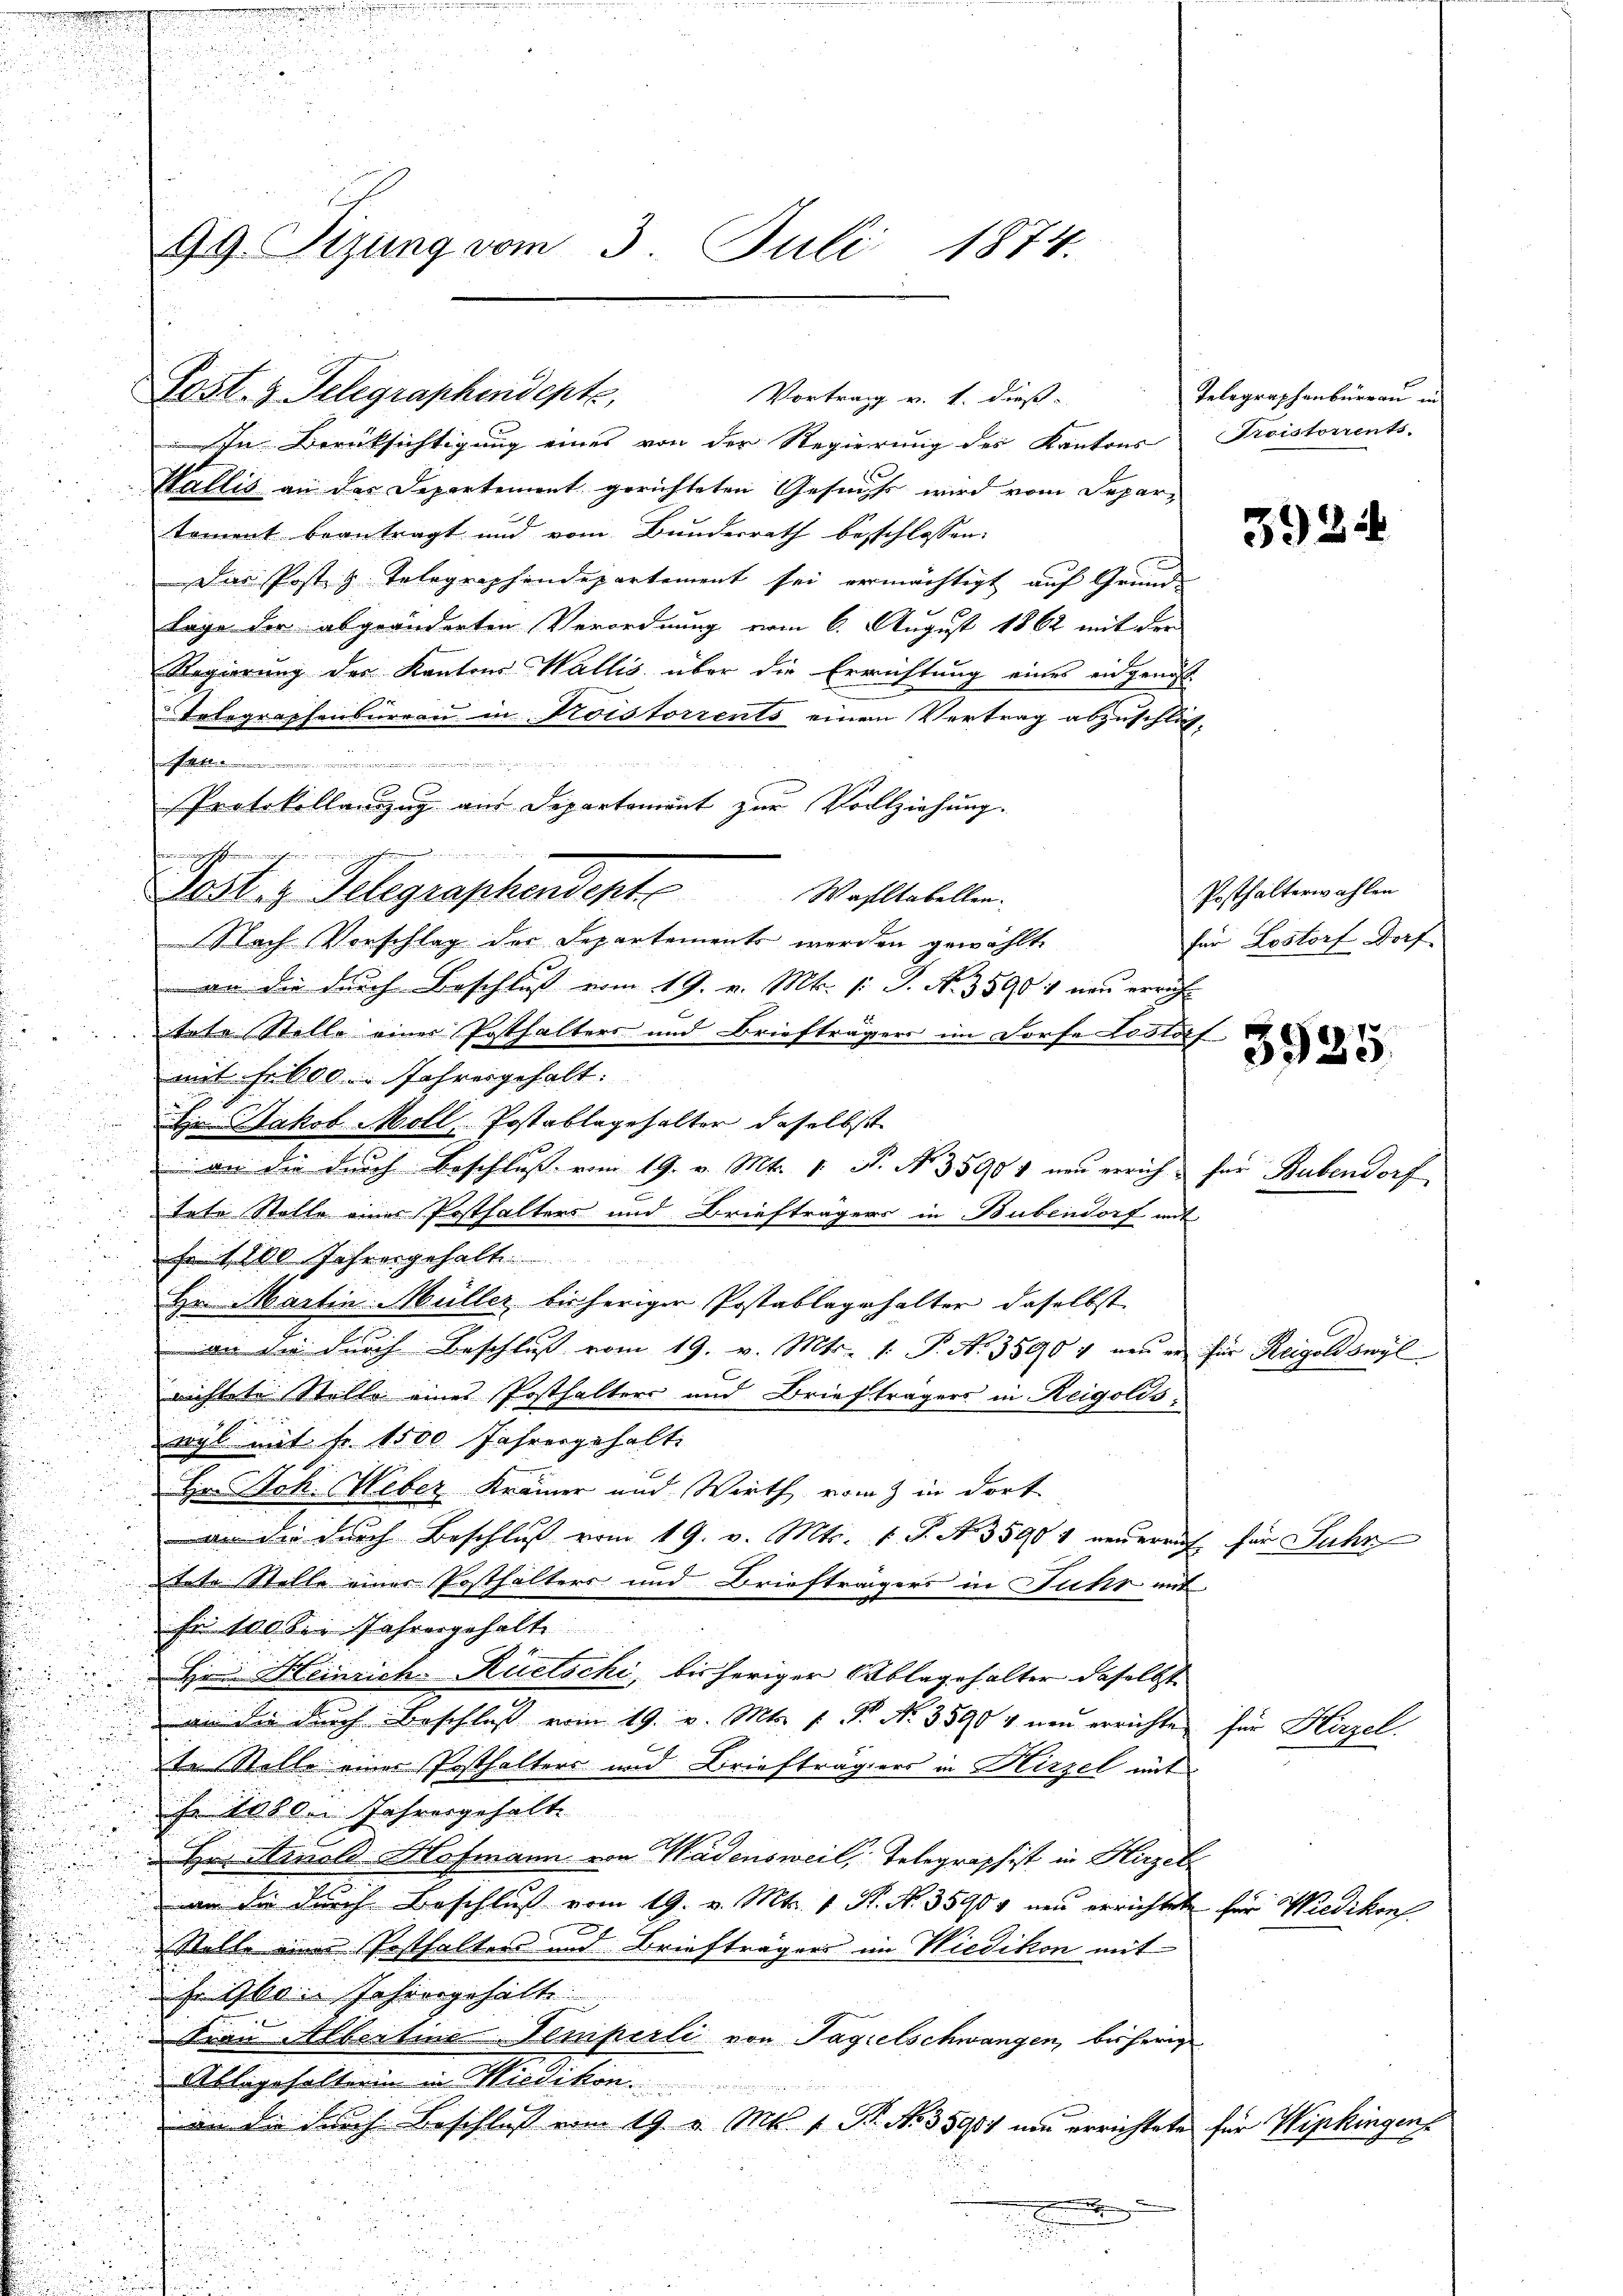
Vortrag v. 1. dieß.
In Berüksichtigung eines von der Regierung des Kantons Troistorrents-
Wallis an das Departement gerichteten Gesuchs wird vom Separtoment beantragt und vom Bunderrath besschlossen:
Das Post z. Telegraphendepartement sei ermächtigt auf Grund-
Lage der abgeänderten Verordnung vom 6. August 1862 mit der
Regierung des Kantons Wallis über die Errichtung eines eidgenoss
Telegraphenbureau in Koistorrents einem Vertrag abzuschlich-
inmischein
Nach Vorschlag des Departements werden gewählte
an die durch Beschluß vom 19. v. Mt. l. J. No. 35901 neu erricht
tete Stelle einer Posthalters und Briefträgers im Dorfe Lostof
mit Fr. 600. Jahresgehalt.
u Jakob Moll, Postablagehalter daselbst
.
 an die durch Beschluß vom 19. v. Mts. 1. N. N. 35904 neu errich für Bubendorf

tete Stelle einer Posthalters und Briefträgers in Bubendorf mit
Fr. 1200 Jahresgehalt
u
Hr. Martin Müller bisherigen Postablagehalter daselbst
an die dŭrch Beschlŭβ vom 19. v. Mts. 1. P. Nr. 35904 neuer für Reigoldswyl
.
richtete Stelle eines Posthalters und Briefträgers in Reigolds¬
Dogl mit Fr. 1500 Jahresgehalt
Hr. Joh. Weber Krämer und Wirth vom 3 in dort
an die durch Beschluß vom 19. v. Mts. 1. P. Nr. 35904 neuerrich für Jahr

tete Stelle eines Posthalters und Briefträgers in Fuhr mit
In 100 der Jahrengehalte

He Heinrich-Rüetschi, bisheriger Ablagehalter daselbst
d
 an der durch Beschluß vom 19. v. Mts. 1. N. N. 35904 neu errichte für Hirzel.
te Stelle einer Posthalters und Briefträgers in Hirzel mit
se 1080. Jahresgehalte
Hr. Arnold Hofmann von Wädensweil, Telegraphist in Hirzel
n die durch Beschluß vom 19. v. Mts. v. R. No. 35904 neu errichtete für Wiedikon.
mnen
Stelle einer Posthalters und Briefträgers im Wiedikon mit
siben Jahrengehält
Frau Albertine Temperli von Tagelschwangen, bisherig
Ablagehalterin in Wiedikon
in die durch Beschluss vom 19. v. Mts. v. Pr. No 35907 und errichtete

99. Tizung vom 3. Juli 1874.

Post. 3. Telegraphendente,

.
Protokollanzug aus Departement zur Vollziehung.

2056. Telegraphendent             Wohltabellen.

Telegraphenbüreau in

3924

Posthalterwahlen
für Lostorf Dorf

3930.

für Wipkinger